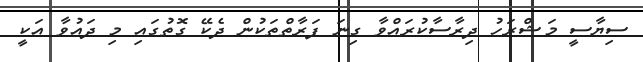
ސިޔާސީ މަޝްރަހު ދިރާސާކުރައްވާ ގިނަ ފަރާތްތަކުން ދެކޭ ގޮތުގައި މި ދައުވާ އަަކީ